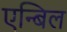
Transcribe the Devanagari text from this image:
एन्बिल